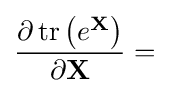
{\frac {\partial \operatorname {tr} \left(e^{\mathbf {X} }\right)}{\partial \mathbf {X} }}=